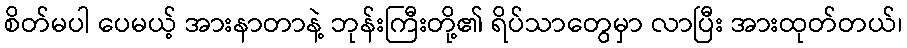
စိတ်မပါ ပေမယ့် အားနာတာနဲ့ ဘုန်းကြီးတို့၏ ရိပ်သာတွေမှာ လာပြီး အားထုတ်တယ်၊